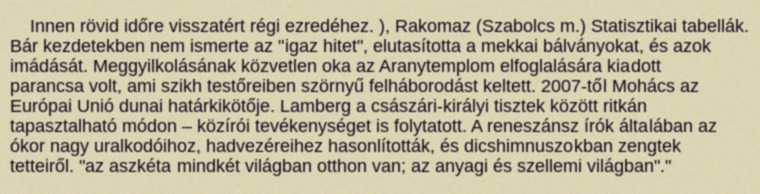
Innen rövid időre visszatért régi ezredéhez. ), Rakomaz (Szabolcs m.) Statisztikai tabellák. Bár kezdetekben nem ismerte az "igaz hitet", elutasította a mekkai bálványokat, és azok imádását. Meggyilkolásának közvetlen oka az Aranytemplom elfoglalására kiadott parancsa volt, ami szikh testőreiben szörnyű felháborodást keltett. 2007-től Mohács az Európai Unió dunai határkikötője. Lamberg a császári-királyi tisztek között ritkán tapasztalható módon – közírói tevékenységet is folytatott. A reneszánsz írók általában az ókor nagy uralkodóihoz, hadvezéreihez hasonlították, és dicshimnuszokban zengtek tetteiről. "az aszkéta mindkét világban otthon van; az anyagi és szellemi világban"."